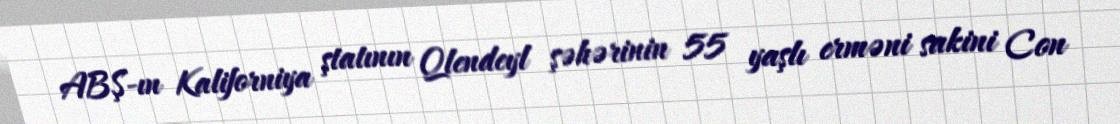
ABŞ-ın Kaliforniya ştatının Qlendeyl şəhərinin 55 yaşlı erməni sakini Con